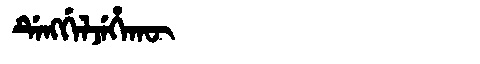
Manchu: ᡩᡝᠩᡤᡝᠯᠵᡝᡥᠠᡴᡡ
Romanization: DENGGELJEHAKŪ